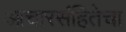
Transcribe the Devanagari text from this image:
आचारसंहितेचा